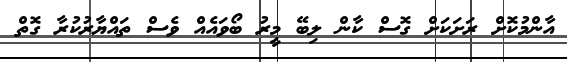
އާންމުކޮށް ރަށަކަށް ގޮސް ކާން ލިބޭ މީރު ބޯވައެއް ވެސް ތައްޔާރުކުރާ ގޮތް